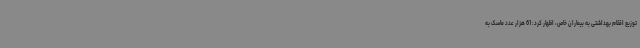
توزیع اقلام بهداشتی به بیماران خاص، اظهار کرد: 61 هزار عدد ماسک به